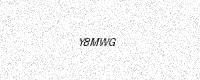
Text: Y8MWG